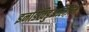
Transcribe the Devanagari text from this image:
इनडिविडुअलिज़म